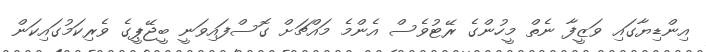
އިންޑިޔާގައި ވަޒީފާ ނެތް މީހުންގެ ރޭޓުވެސް އެންމެ މައްޗަށް ގޮސްފައިވަނީ ބީޖޭޕީގެ ވެރިކަމުގައިކަން